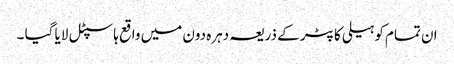
ان تمام کو ہیلی کاپٹر کے ذریعہ دہرہ دون میں واقع ہاسپٹل لایا گیا ۔